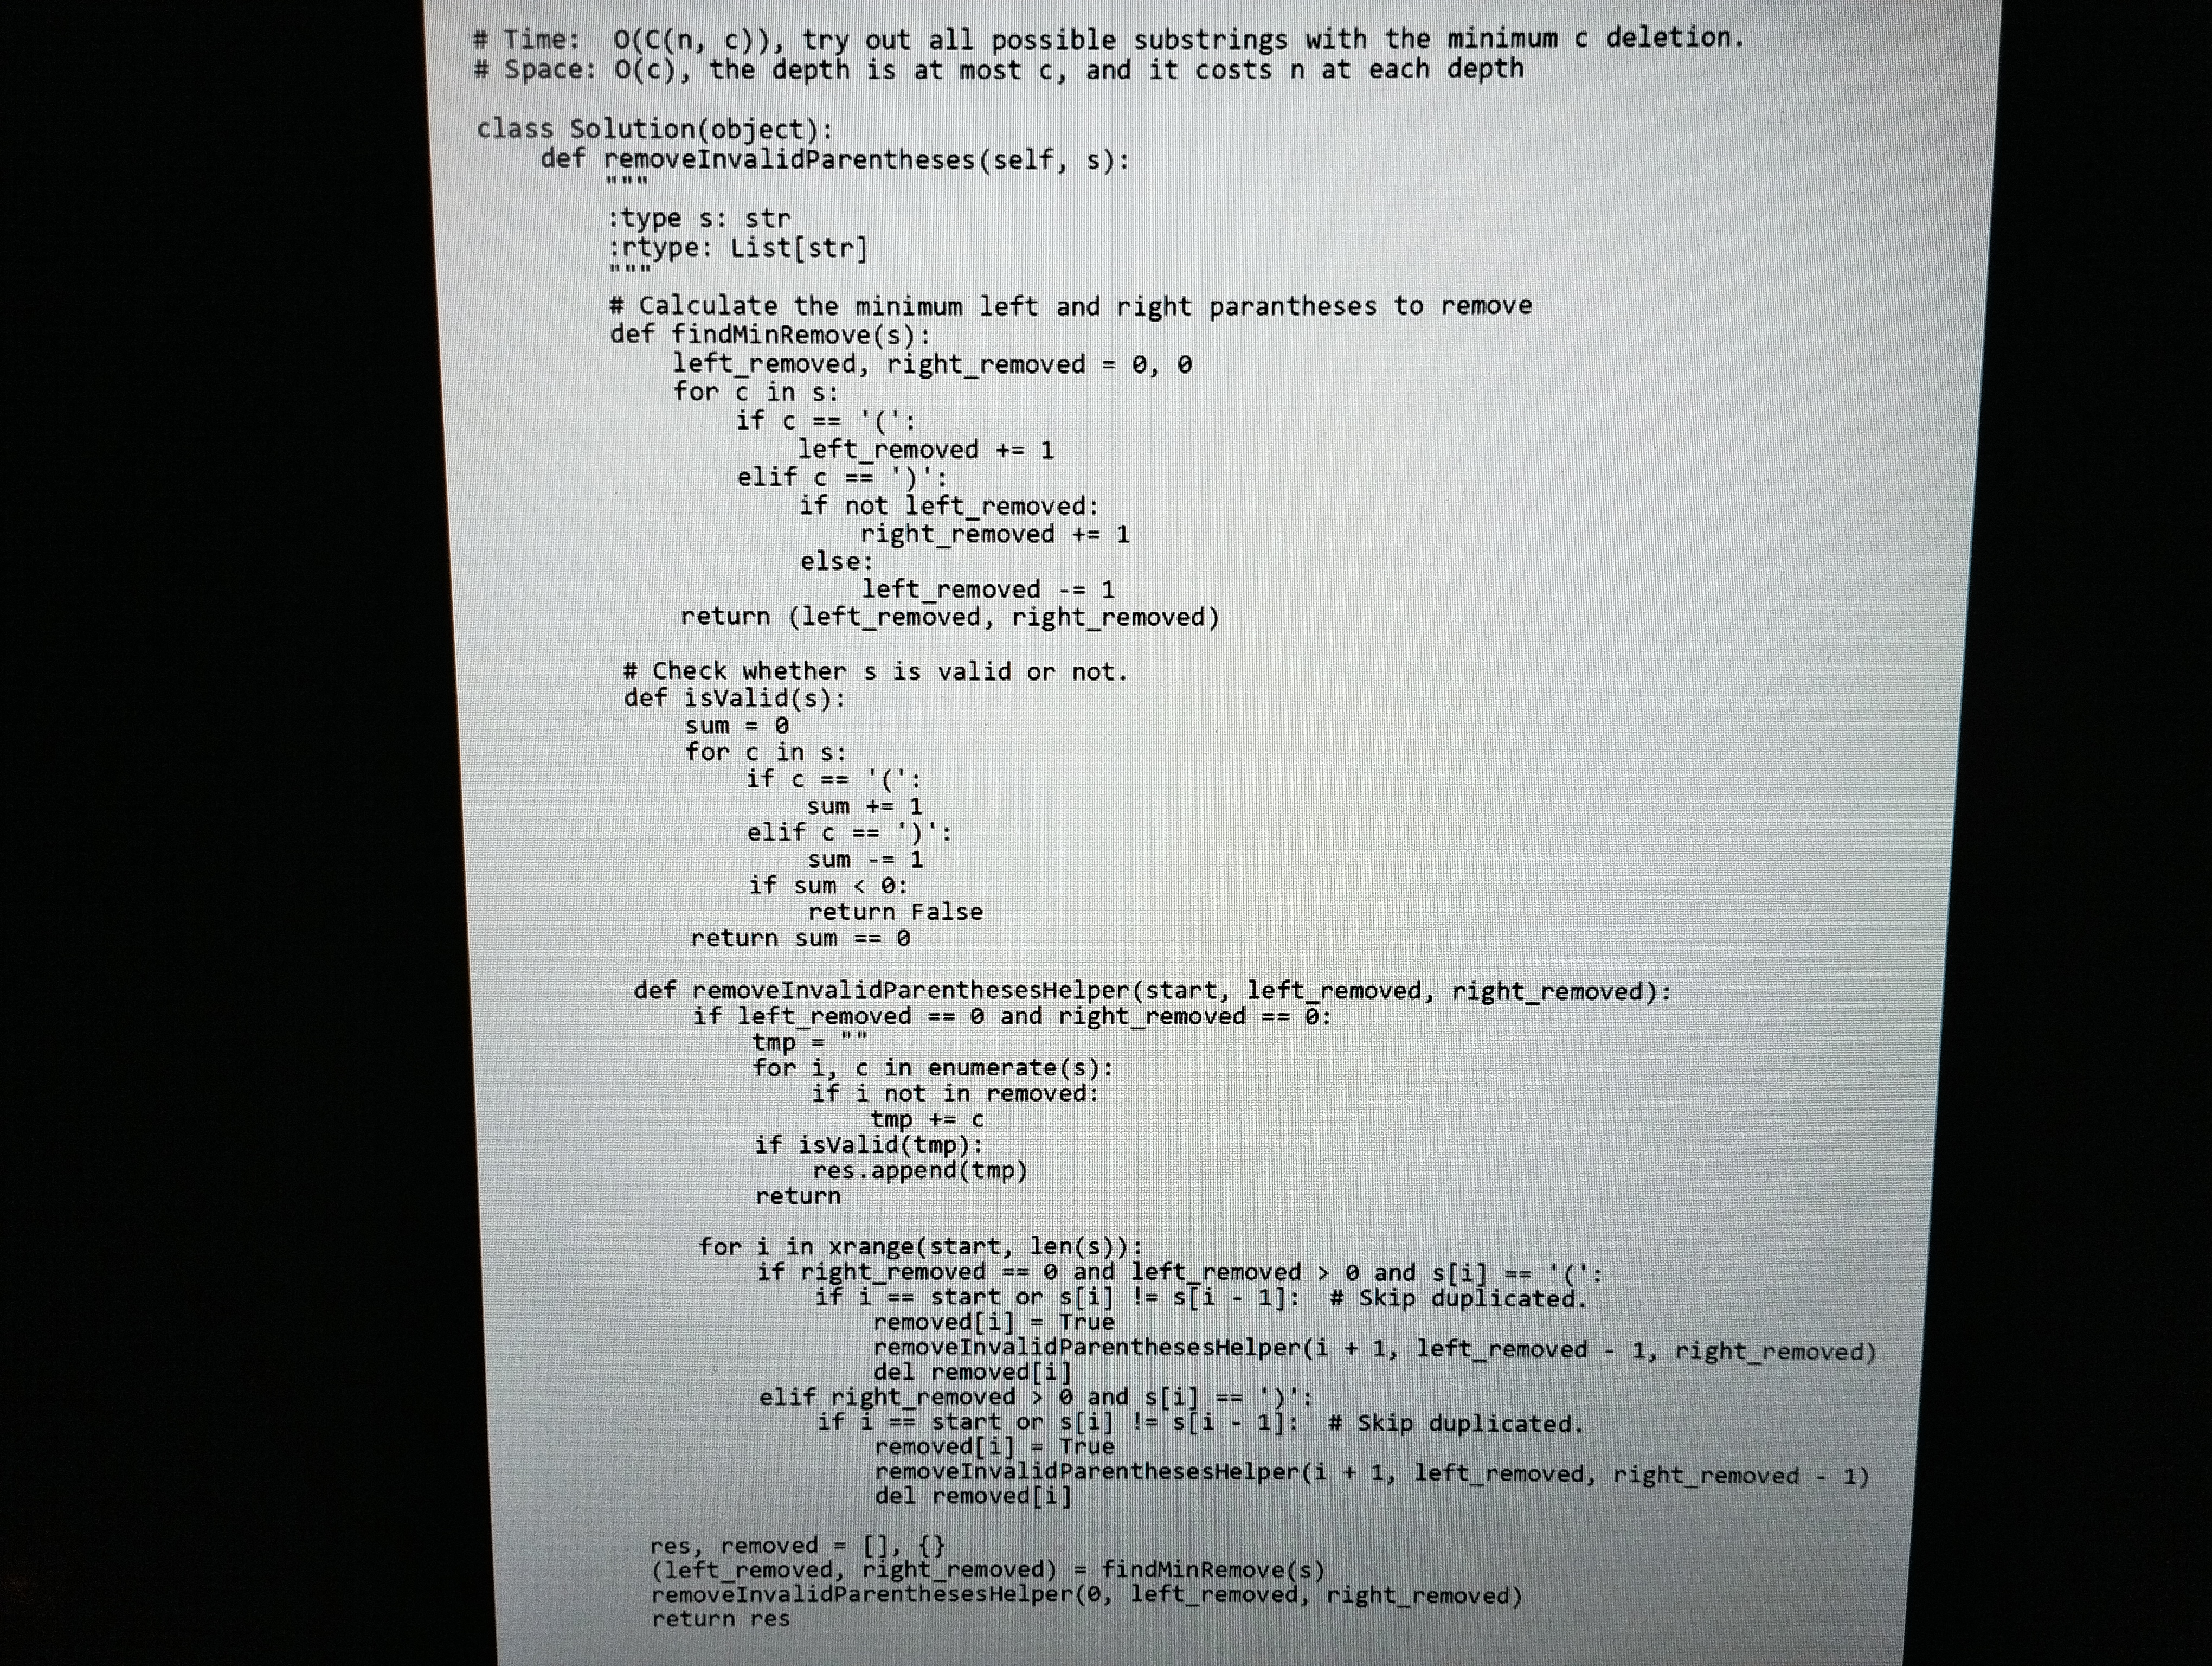
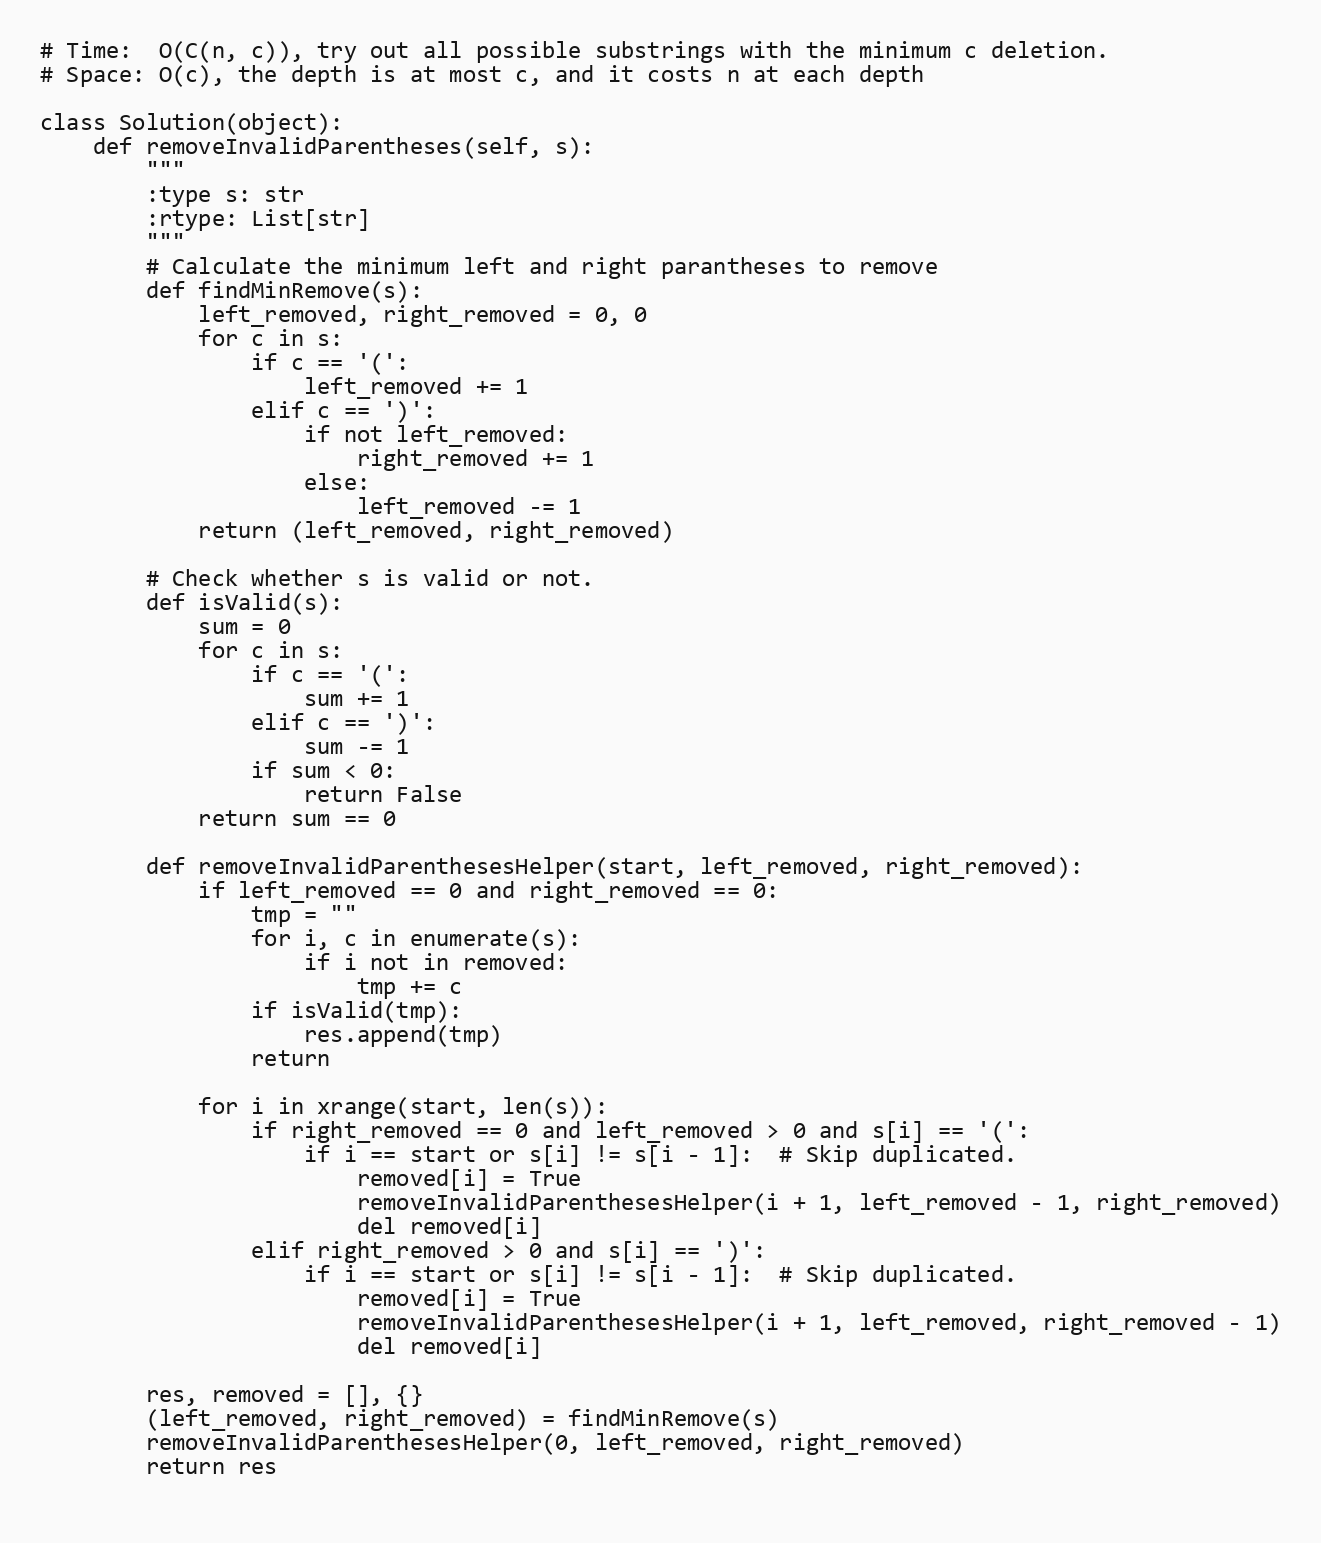
# Time:  O(C(n, c)), try out all possible substrings with the minimum c deletion.
# Space: O(c), the depth is at most c, and it costs n at each depth

class Solution(object):
    def removeInvalidParentheses(self, s):
        """
        :type s: str
        :rtype: List[str]
        """
        # Calculate the minimum left and right parantheses to remove
        def findMinRemove(s):
            left_removed, right_removed = 0, 0
            for c in s:
                if c == '(':
                    left_removed += 1
                elif c == ')':
                    if not left_removed:
                        right_removed += 1
                    else:
                        left_removed -= 1
            return (left_removed, right_removed)

        # Check whether s is valid or not.
        def isValid(s):
            sum = 0
            for c in s:
                if c == '(':
                    sum += 1
                elif c == ')':
                    sum -= 1
                if sum < 0:
                    return False
            return sum == 0

        def removeInvalidParenthesesHelper(start, left_removed, right_removed):
            if left_removed == 0 and right_removed == 0:
                tmp = ""
                for i, c in enumerate(s):
                    if i not in removed:
                        tmp += c
                if isValid(tmp):
                    res.append(tmp)
                return

            for i in xrange(start, len(s)):
                if right_removed == 0 and left_removed > 0 and s[i] == '(':
                    if i == start or s[i] != s[i - 1]:  # Skip duplicated.
                        removed[i] = True
                        removeInvalidParenthesesHelper(i + 1, left_removed - 1, right_removed)
                        del removed[i]
                elif right_removed > 0 and s[i] == ')':
                    if i == start or s[i] != s[i - 1]:  # Skip duplicated.
                        removed[i] = True
                        removeInvalidParenthesesHelper(i + 1, left_removed, right_removed - 1)
                        del removed[i]

        res, removed = [], {}
        (left_removed, right_removed) = findMinRemove(s)
        removeInvalidParenthesesHelper(0, left_removed, right_removed)
        return res